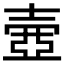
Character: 𡔳